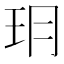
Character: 𤣽